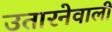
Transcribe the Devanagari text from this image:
उतारनेवाली